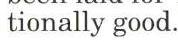
tionally good.